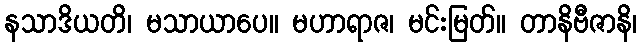
နသာဒိယတိ၊ မသာယာပေ။ မဟာရာဇ၊ မင်းမြတ်။ တာနိဗီဇာနိ၊